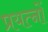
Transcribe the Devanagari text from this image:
प्रयत्‍नों